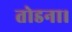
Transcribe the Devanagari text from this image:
तोडना।